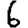
Digit: 6